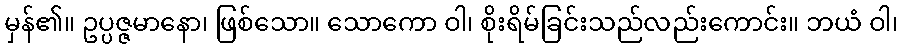
မှန်၏။ ဥပ္ပဇ္ဇမာနော၊ ဖြစ်သော။ သောကော ဝါ၊ စိုးရိမ်ခြင်းသည်လည်းကောင်း။ ဘယံ ဝါ၊